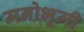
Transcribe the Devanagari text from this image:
मनोभूमी